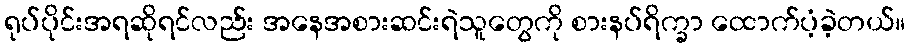
ရုပ်ပိုင်းအရဆိုရင်လည်း အနေအစားဆင်းရဲသူတွေကို စားနပ်ရိက္ခာ ထောက်ပံ့ခဲ့တယ်။